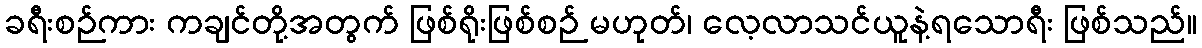
ခရီးစဉ်ကား ကချင်တို့အတွက် ဖြစ်ရိုးဖြစ်စဉ် မဟုတ်၊ လေ့လာသင်ယူနဲ့ရသောရီး ဖြစ်သည်။